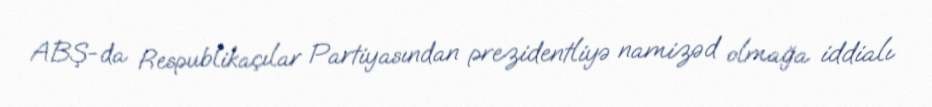
ABŞ-da Respublikaçılar Partiyasından prezidentliyə namizəd olmağa iddialı